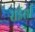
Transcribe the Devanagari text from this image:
सईसी